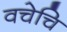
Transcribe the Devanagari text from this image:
वचेचि